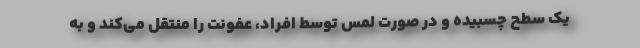
یک سطح چسبیده و در صورت لمس توسط افراد، عفونت را منتقل می‌کند و به